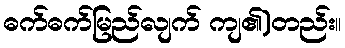
ဓက်ဓက်မြည်လျက် ကျ၏)တည်း။